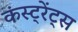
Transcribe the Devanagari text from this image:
कंस्ट्रेंट्स